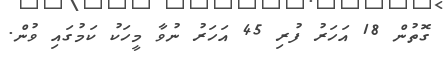
ގޮތުން 18 އަހަރު ފުރި 45 އަހަރު ނުވާ މީހަކު ކަމުގައި ވުން.